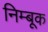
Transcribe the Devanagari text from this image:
निम्बूक